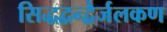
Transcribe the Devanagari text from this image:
सिद्धद्वन्द्वैर्जलकण